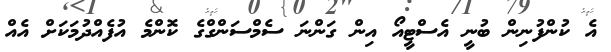
އެ ކުންފުނިން ބުނީ އެސްޓީއޯ އިން ގަންނަ ސެމްސަންގްގެ ކޮންމެ އުފެއްދުމަކަށް އެއް